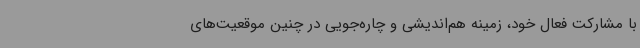
با مشارکت فعال خود، زمینه هم‌اندیشی و چاره‌جویی در چنین موقعیت‌های